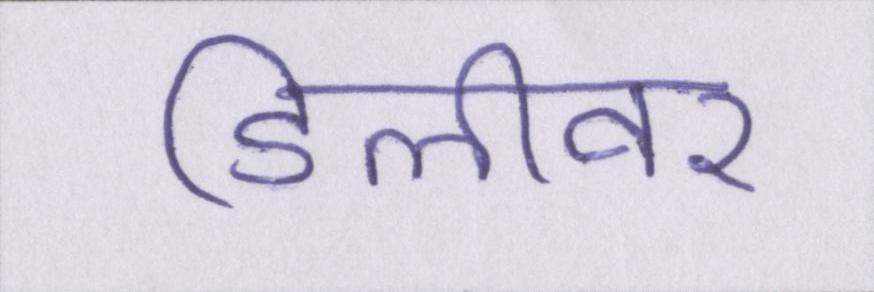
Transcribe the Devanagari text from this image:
डिलीवर